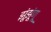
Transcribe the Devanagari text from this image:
झूंझूंणू